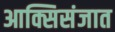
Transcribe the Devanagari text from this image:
आक्सिसंजात